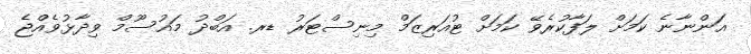
އަންނާނެ ކަމަށް ލަފާކުރެވޭ ކަމަށް ޓުއަރިޒަމް މިނިސްޓަރު ޑރ. އަބްދު މައުސޫމް ވިދާޅުވެއްޖެ